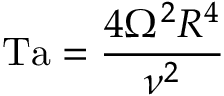
\mathrm { T a } = { \frac { 4 \Omega ^ { 2 } R ^ { 4 } } { \nu ^ { 2 } } }